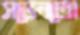
সভেনতো